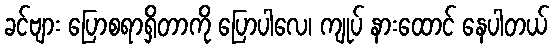
ခင်ဗျား ပြောစရာရှိတာကို ပြောပါလေ၊ ကျုပ် နားထောင် နေပါတယ်